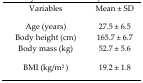
<table><thead><tr><td><b>Variables</b></td><td><b>Mean ± SD</b></td></tr></thead><tbody><tr><td>Age (years)</td><td>27.5 ± 6.5</td></tr><tr><td>Body height (cm)</td><td>165.7 ± 6.7</td></tr><tr><td>Body mass (kg)</td><td>52.7 ± 5.6</td></tr><tr><td>BMI (kg/m<sup>2</sup>)</td><td>19.2 ± 1.8</td></tr></tbody></table>